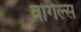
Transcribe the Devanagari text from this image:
वोगेल्स